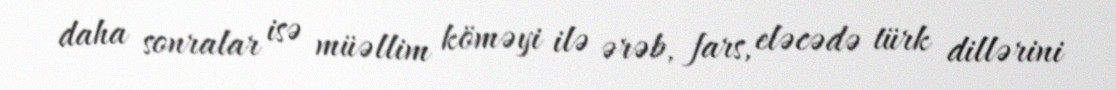
daha sonralar isə müəllim köməyi ilə ərəb, fars, eləcədə türk dillərini